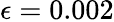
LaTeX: \epsilon=0.002